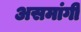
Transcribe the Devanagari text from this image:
असमांगी